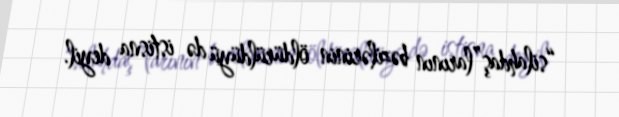
“silahdaş”larının bəzilərinin öldürüldüyü də istisna deyil.